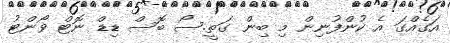
އަގެއްގަ އެ ކުންފުނިން މި ބިން ގަތީ.ސޯ ބޮސް ޑިޑް ނޮޓް ވޯންޓު